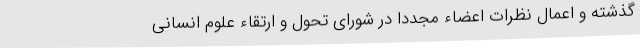
گذشته و اعمال نظرات اعضاء مجدداً در شورای تحول و ارتقاء علوم انسانی